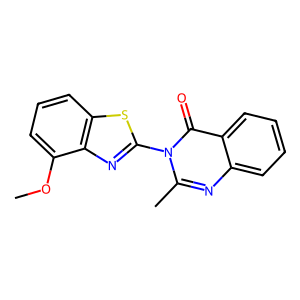
SMILES: COc1cccc2sc(-n3c(C)nc4ccccc4c3=O)nc12
Inhibits HIV replication: No